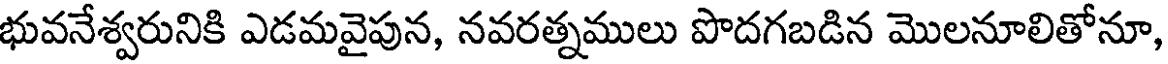
భువనేశ్వరునికి ఎడమవైపున, నవరత్నములు పొదగబడిన మొలనూలితోనూ,